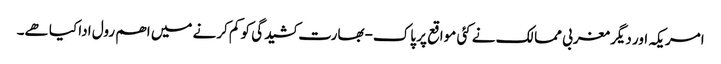
امریکہ اور دیگر مغربی ممالک نے کئی مواقع پر پاک-بھارت کشیدگی کو کم کرنے میں اھم رول ادا کیا ھے۔